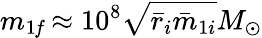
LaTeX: m_{1{\mathit f}}\approx 10^{8}\sqrt{\bar{r}_{i}\bar{m}_{1i}}M_{\odot}